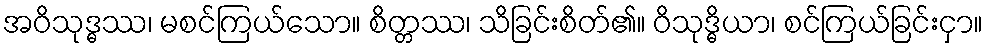
အဝိသုဒ္ဓဿ၊ မစင်ကြယ်သော။ စိတ္တဿ၊ သိခြင်းစိတ်၏။ ဝိသုဒ္ဓိယာ၊ စင်ကြယ်ခြင်းငှာ။